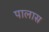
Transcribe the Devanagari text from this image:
पालास